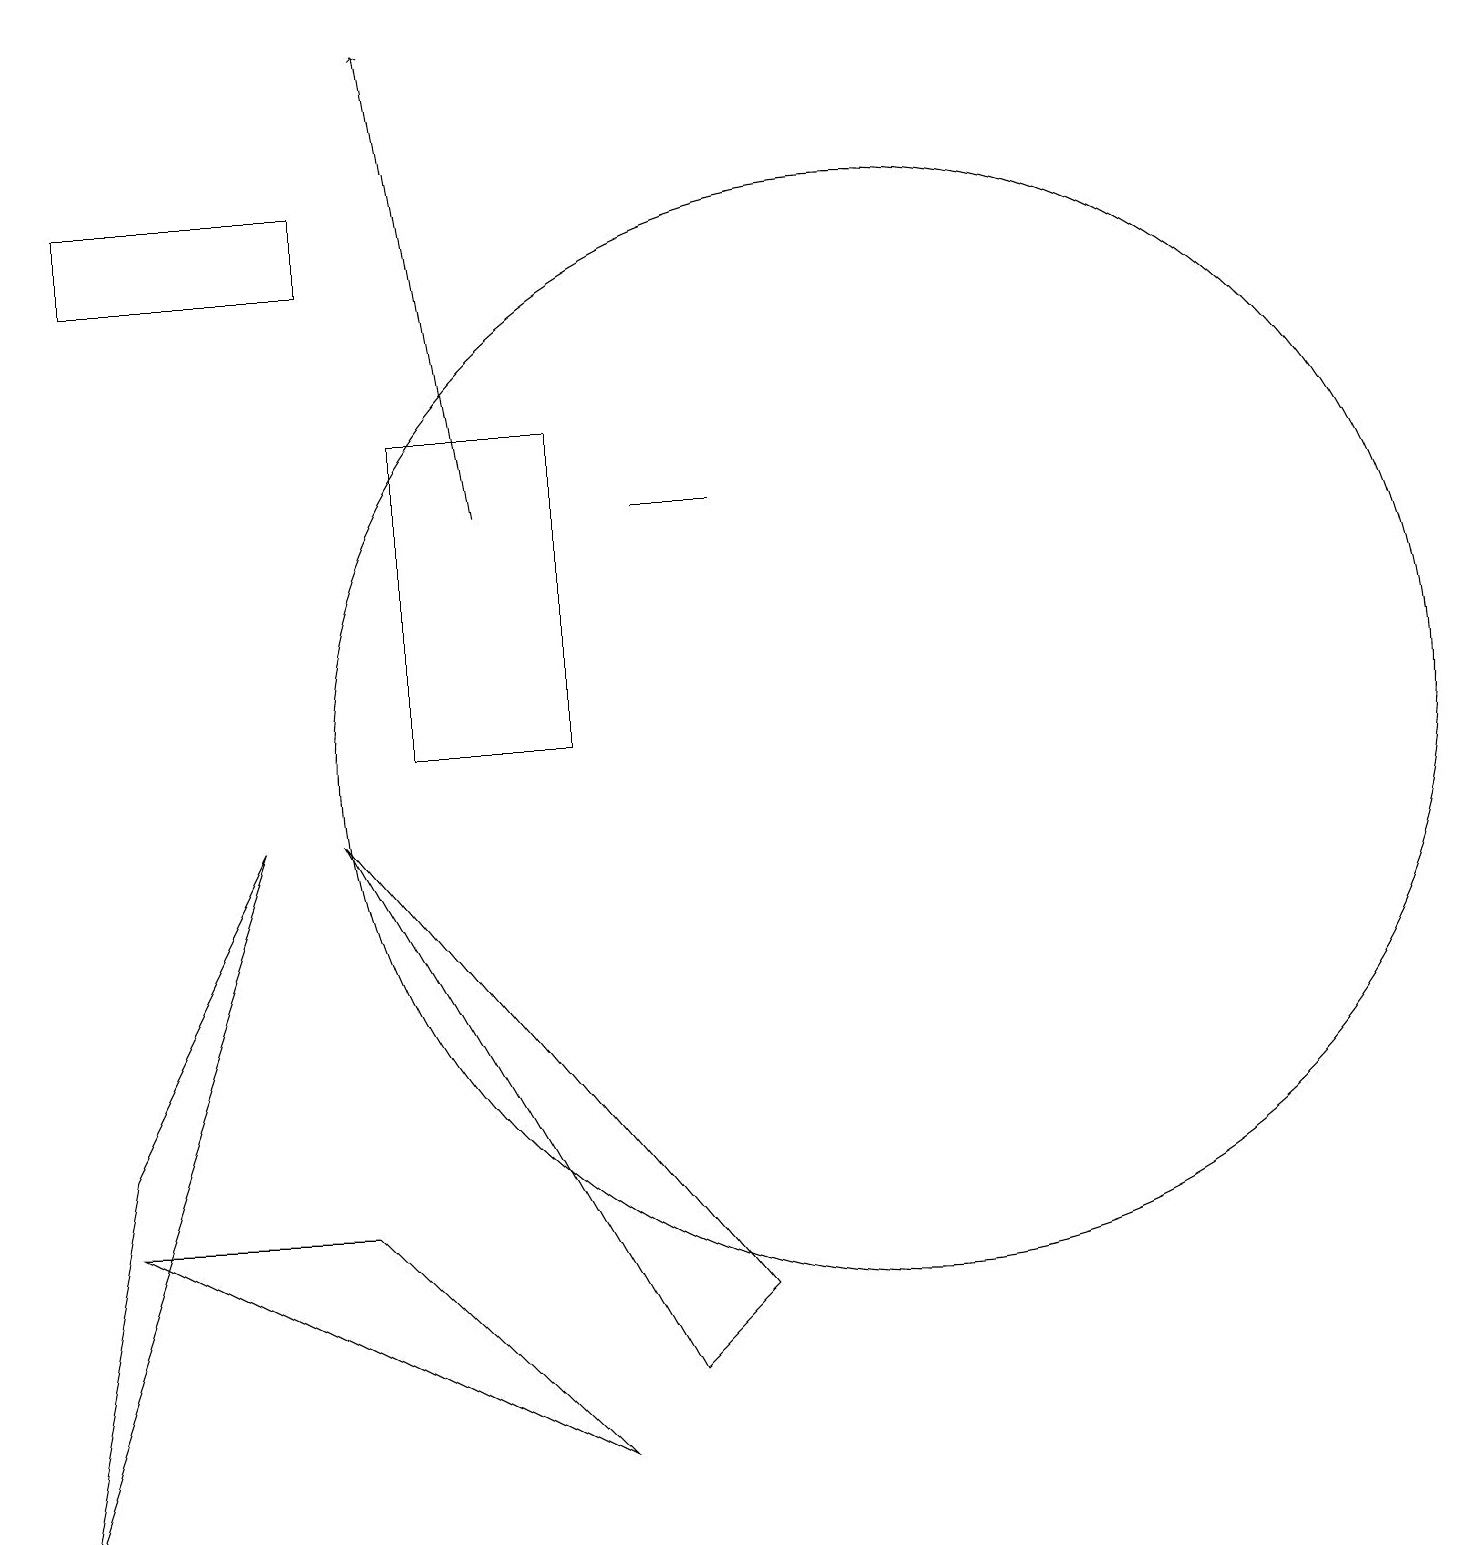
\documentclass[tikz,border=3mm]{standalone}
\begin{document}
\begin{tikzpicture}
\draw (1,4) -- (7,1) -- (4,4) -- cycle;
\draw (9,13) rectangle (8,13);
\draw (1,5) -- (3,9) -- (0,0) -- cycle;
\draw (7,10) rectangle (5,14);
\draw[->] (6,13) -- (5,19);
\draw (4,9) -- (9,3) -- (8,2) -- cycle;
\draw (4,16) rectangle (1,17);
\draw (11,10) circle (7);
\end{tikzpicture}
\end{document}